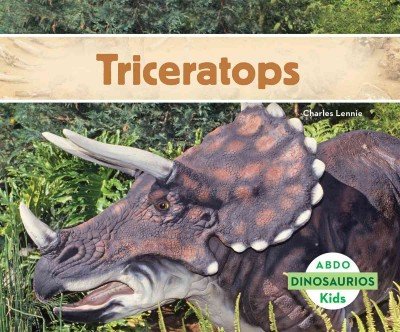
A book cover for Triceratops (Dinosaurios / Dinosaurs) (Spanish Edition); Charles Lennie; Children's Books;